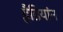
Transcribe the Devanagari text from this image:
हैडियांन